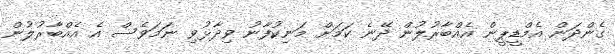
ގެންދަން އެމްޑީޕީން އެއްބާރުލުން ދޭނެ ކަމަށް މަނިކުފާނު ވިދާޅުވި ނަމަވެސް އެ އެއްބާރުލުން